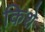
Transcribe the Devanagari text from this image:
किशे